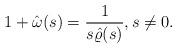
LaTeX: \begin{align*} 1+ \hat\omega(s)=\frac{1}{s\hat\varrho(s)}, s\not=0.\end{align*}